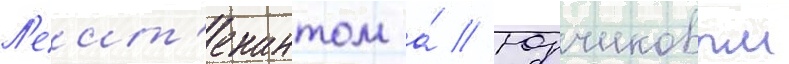
Л'еит'енантом а́ // Юрчиковым